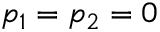
p _ { 1 } = p _ { 2 } = 0